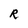
Character: R